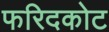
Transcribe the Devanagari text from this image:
फरिदकोट